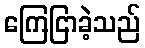
ကြေငြာခဲ့သည်